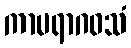
ကာမရာဂဝသံ